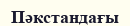
Пәкстандағы